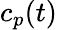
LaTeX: c_{p}(t)